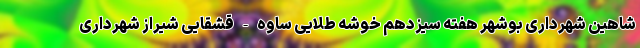
شاهین شهرداری بوشهر هفته سیزدهم خوشه طلایی ساوه - قشقایی شیراز شهرداری